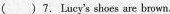
()7. Lucy's shoes are brown.